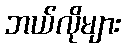
ဘယ်လိုများ